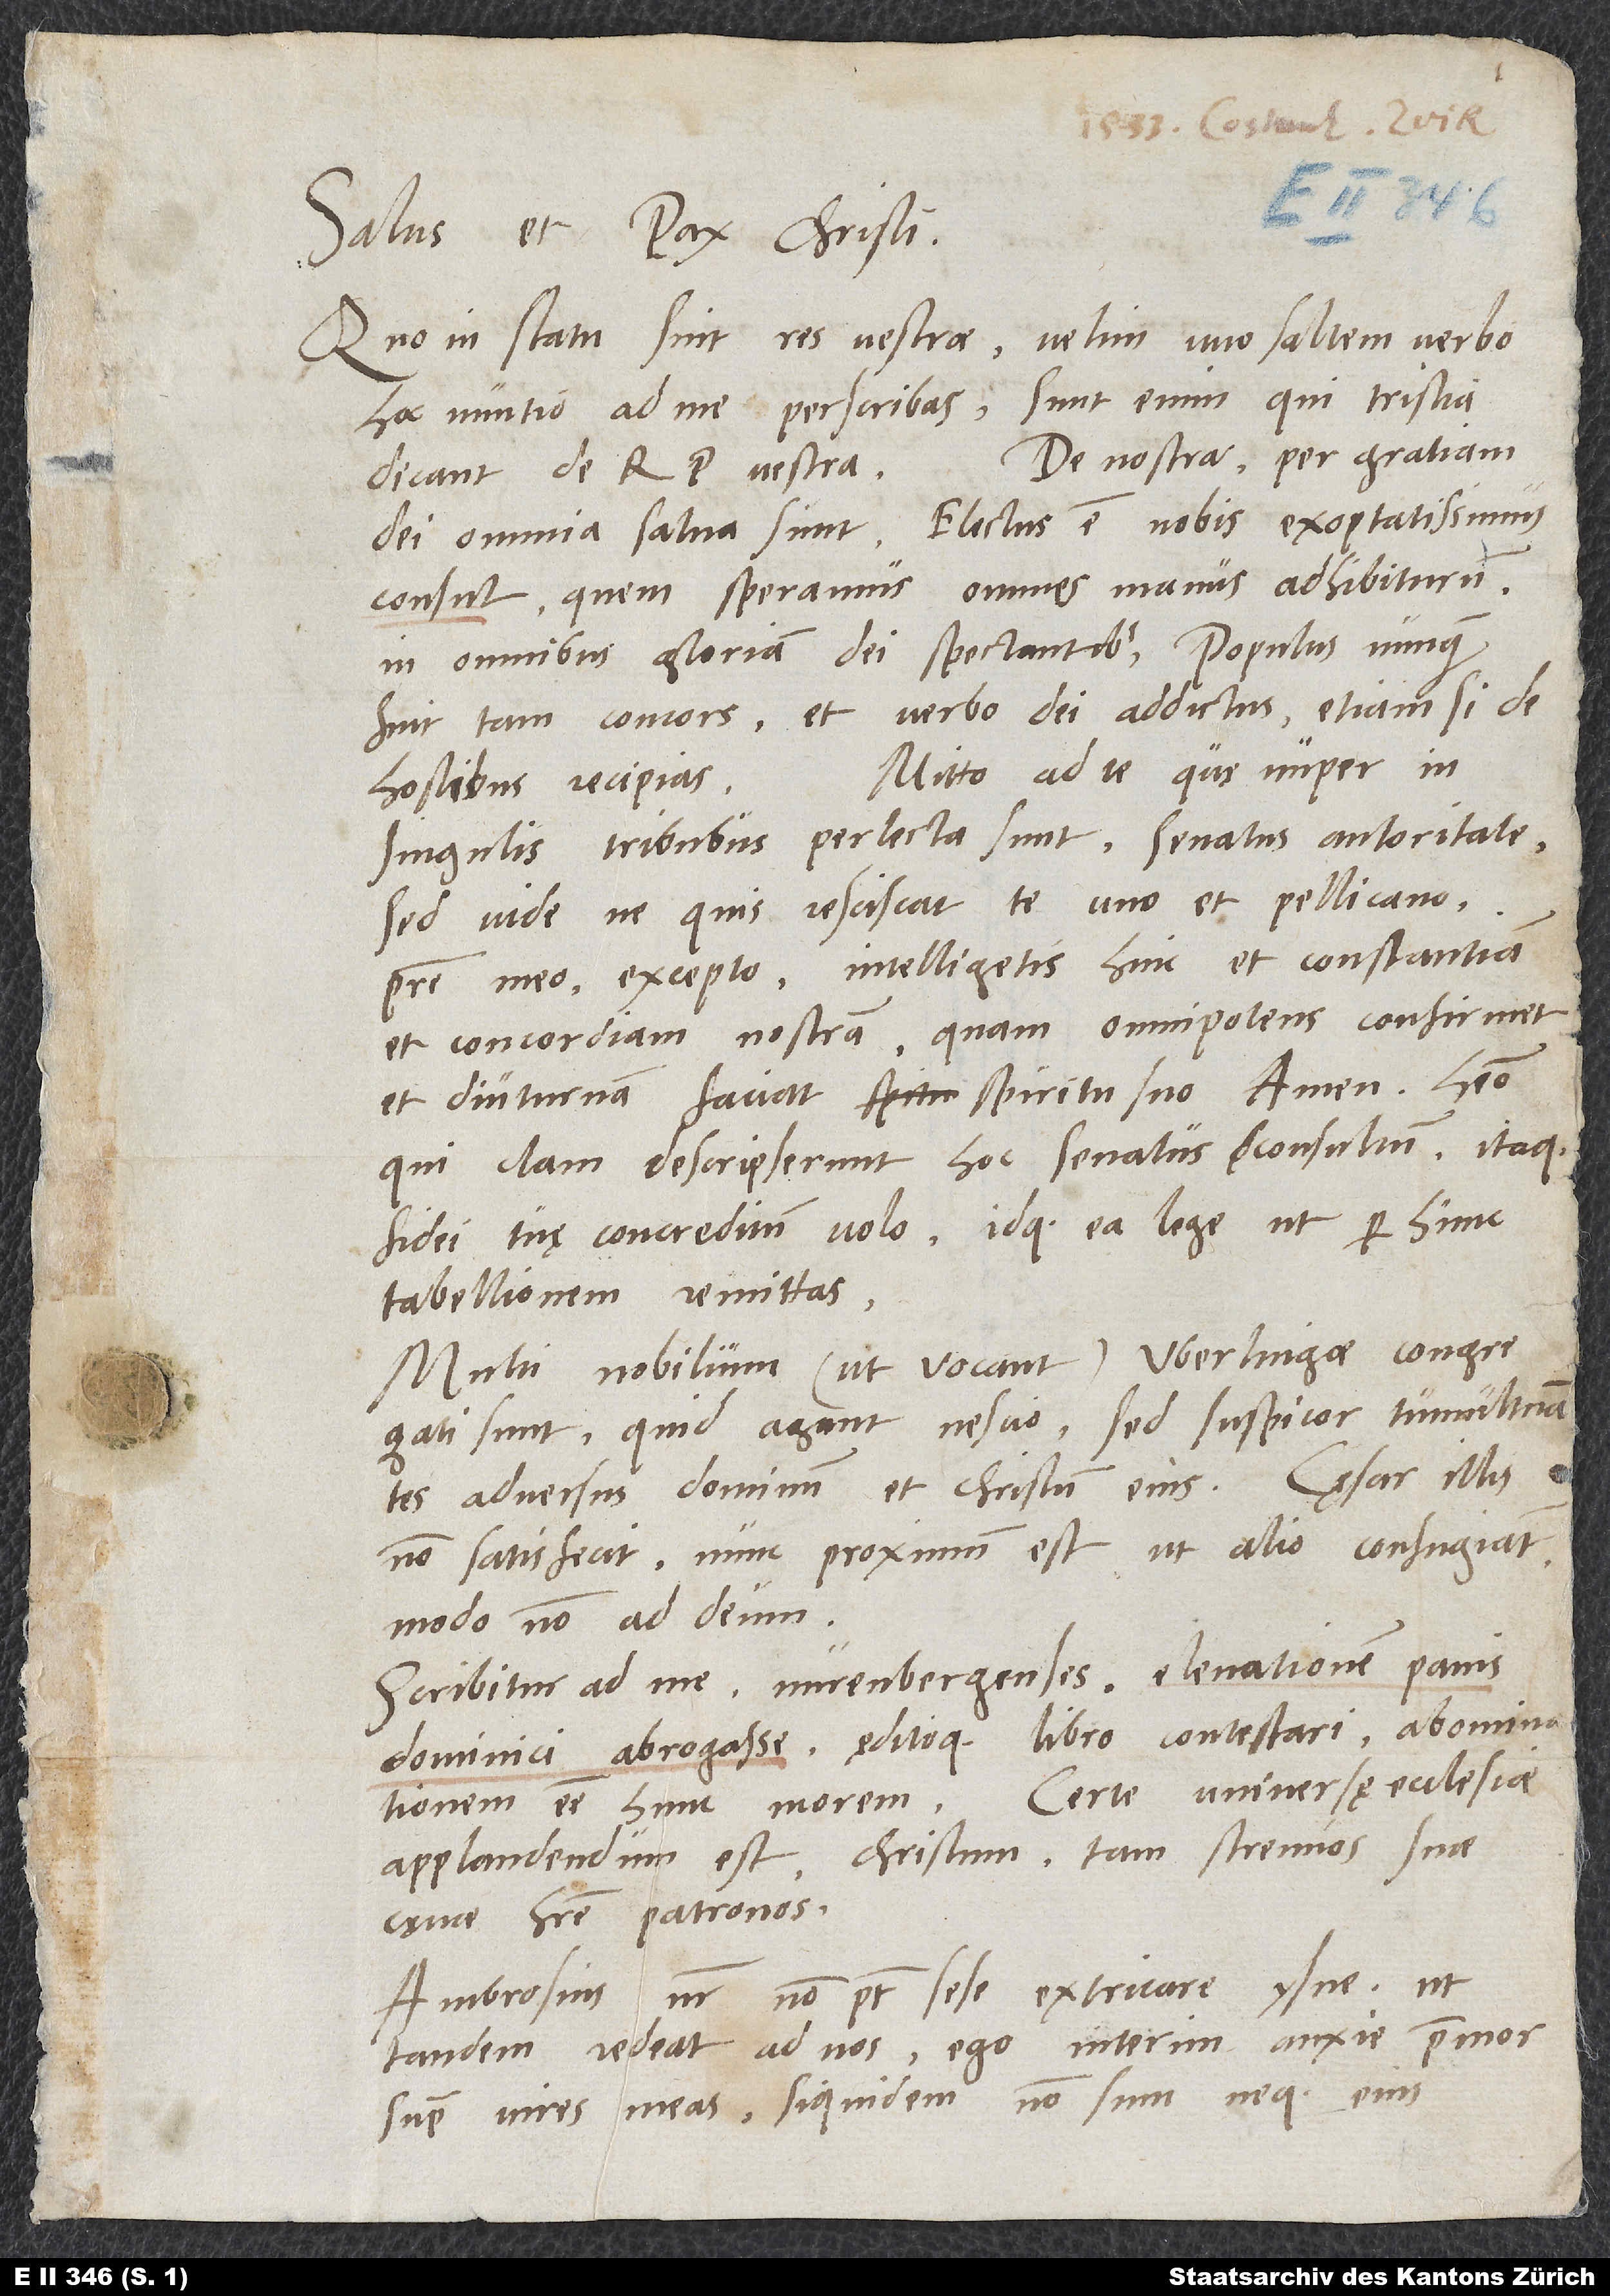
Salus et pax Christi.
Quo in statu sint res vestrae, velim uno saltem verbo
hoc nuntio ad me perscribas. Sunt enim, qui tristia
De nostra per gratiam
dicant de republica vestra.
dei omnia salva sunt. Electus est nobis exoptatissimus
consul, quem speramus omnes manus adhibiturum
in omnibus gloriam dei spectantibus. Populus nunquam
fuit tam concors et verbo dei addictus, etiamsi de
singulis tribubus perlecta sunt, senatus autoritate.
Sed vide, ne quis resciscat te uno et Pellicano,
patre meo, excepto. Intelligetis hinc et constantiam
et concordiam nostram, quam omnipotens confirmet
et diuturnam faciat spiritu suo. Amen. Habeo,
qui clam descripserunt hoc senatus consultum. Itaque
fidei tuę concreditum volo, idque ea lege, ut per hunc
tabellionem remittas.
Multi nobilium, ut vocant, Uberlingae congregati
sunt. Quid agunt nescio, sed suspicor tumultuantes
adversus dominum et Christum eius. Caesar illis
non satisfecit. Nunc proximum est, ut alio confugiant,
modo non ad deum.
Scribitur ad me Nürenbergenses elevationem panis
dominici abrogasse ęditoque libro contestari abominationem
esse hunc morem. Certe universę ecclesiae
applaudendum est Christum tam strenuos suae
cęnae habere patronos.
extricare Ysne, ut
Ambrosius noster non potest sese
tandem redeat ad nos. Ego interim anxie premor
super vires meas, siquidem non sum neque eius